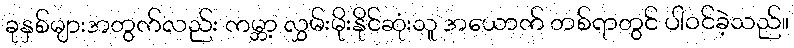
ခုနှစ်များအတွက်လည်း ကမ္ဘာ့ လွှမ်းမိုးနိုင်ဆုံးသူ အယောက် တစ်ရာတွင် ပါဝင်ခဲ့သည်။